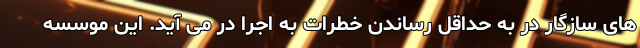
های سازگار در به حداقل رساندن خطرات به اجرا در می آید. این موسسه